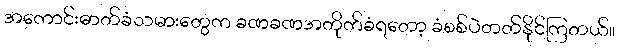
အကောင်းဓာတ်ခံသမားတွေက ခဏခဏအတိုက်ခံရတော့ ခံစစ်ပဲတတ်နိုင်ကြတယ်။